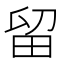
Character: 留